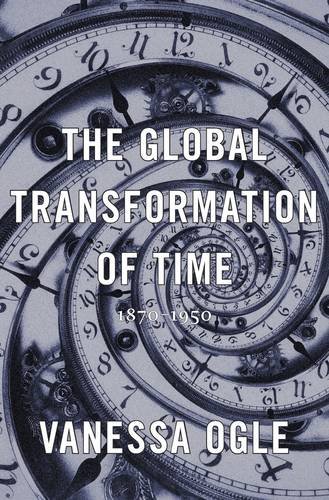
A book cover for The Global Transformation of Time: 1870-1950; Vanessa Ogle; Science & Math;